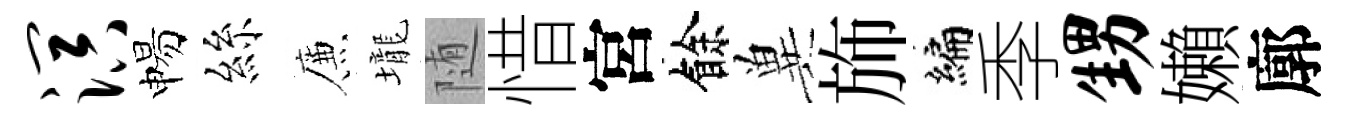
溟惕絲簾壠随惜宮餘兾斾编季甥嬾廓